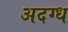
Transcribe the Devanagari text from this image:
अदग्ध